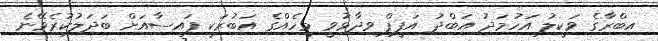
އިބްރާގެ ވަކީލު އަހުމަދު އަބްދު އަފީފް ވިދާޅުވީ މީހެއްގެ އަބުރަކީ ފައިސާއަށް ބަދަލުކުރެވޭނެ